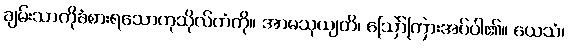
ချမ်းသာကိုခံစားရသောကုသိုလ်ကံကို။ အာမသုယျတိ၊ ဩော်ကြားအပ်ပါ၏။ ယေသံ၊